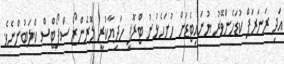
އަދި ރަނަރަޕް ކުޑަހެންވޭރު ޔުނައިޓެޑަށް ހުށަހެޅުނު ޓްރޮފީ ހަދިޔާކުރީ ލޮރެންޒޯ ސްޕޯޓްސް ކްލަބުންނެވެ.